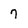
Character: 7